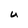
Character: U